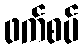
ဖက်စပ်